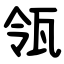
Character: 瓴